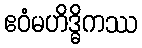
ဧဝံမဟိဒ္ဓိကဿ